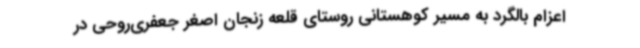
اعزام بالگرد به مسیر کوهستانی روستای قلعه زنجان اصغر جعفری‌روحی در